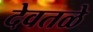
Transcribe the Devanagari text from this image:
देवतळे